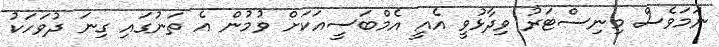
ނަމަވެސް މިނިސްޓަރު ވިދާޅުވީ އެއީ އެމްބަސީއަކަށް ވުމުން އެ ތަނުގައި ގިނަ ދުވަހަކު